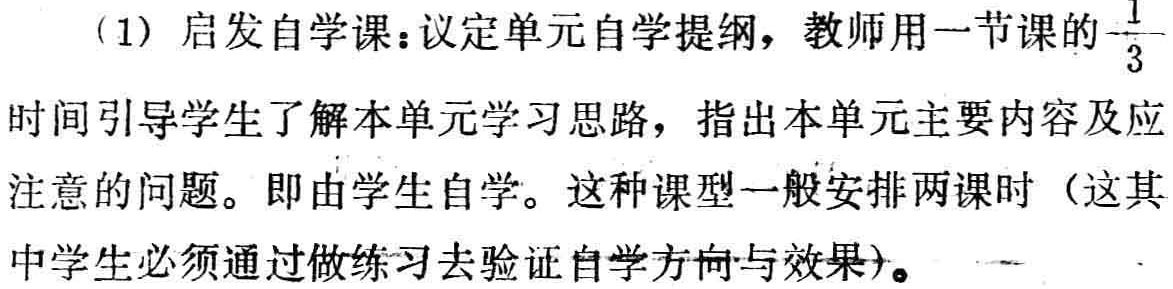
（1）启发自学课：议定单元自学提纲，教师用一节课的$\frac{1}{3}$时间引导学生了解本单元学习思路，指出本单元主要内容及应注意的问题。即由学生自学。这种课型一般安排两课时（这其中学生必须通过做练习去验证自学方向与效果）。